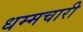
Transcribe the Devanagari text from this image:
धम्मचारी